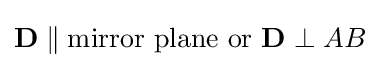
\mathbf {D} \parallel \mathrm {mirror\ plane\ or} \ \mathbf {D} \perp AB